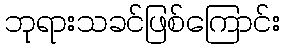
ဘုရားသခင်ဖြစ်ကြောင်း